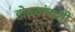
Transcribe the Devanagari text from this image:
डोळ्यांपाशी